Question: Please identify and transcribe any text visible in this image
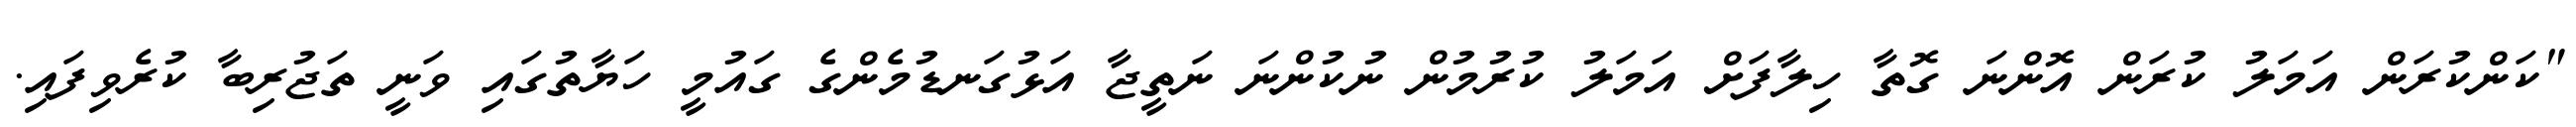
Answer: "ކަންކުރަން އަމަލު ކުރަން އޮންނަ ގޮތާ ހިލާފަށް އަމަލު ކުރުމުން ނުކުންނަ ނަތީޖާ އަޅުގަނޑުމެންގެ ގައުމީ ހަޔާތުގައި ވަނީ ތަޖުރިބާ ކުރެވިފައި.